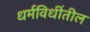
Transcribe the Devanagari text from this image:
धर्मविधींतील